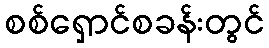
စစ်ရှောင်စခန်းတွင်